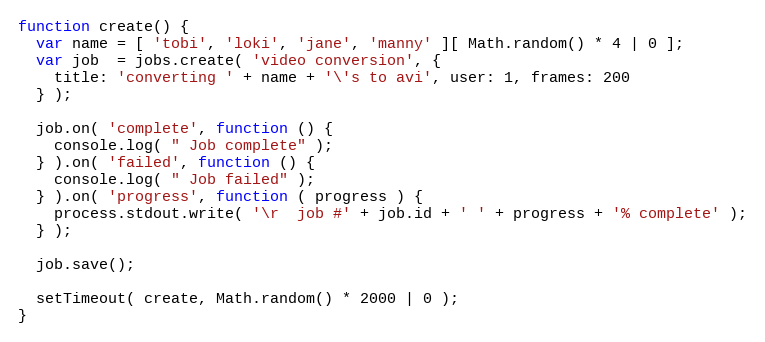
Language: JavaScript
function create() {
  var name = [ 'tobi', 'loki', 'jane', 'manny' ][ Math.random() * 4 | 0 ];
  var job  = jobs.create( 'video conversion', {
    title: 'converting ' + name + '\'s to avi', user: 1, frames: 200
  } );

  job.on( 'complete', function () {
    console.log( " Job complete" );
  } ).on( 'failed', function () {
    console.log( " Job failed" );
  } ).on( 'progress', function ( progress ) {
    process.stdout.write( '\r  job #' + job.id + ' ' + progress + '% complete' );
  } );

  job.save();

  setTimeout( create, Math.random() * 2000 | 0 );
}